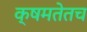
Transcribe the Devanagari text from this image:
क्षमतेतच